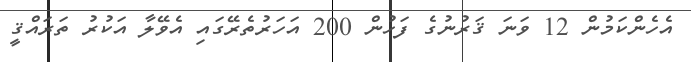
އެހެންކަމުން 12 ވަނަ ޤަރުނުގެ ފަހުން 200 އަހަރުތެރޭގައި އެވޭލާ އަކުރު ތަރައްޤީ